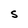
Character: S